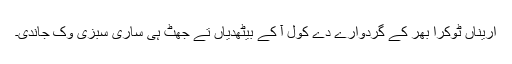
اریناں ٹوکرا بھر کے گُردوارے دے کول آ کے بیٹھدیاں تے جھٹ ہی ساری سبزی وک جاندی۔